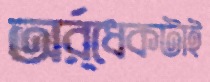
অর্র্ধেকটাই